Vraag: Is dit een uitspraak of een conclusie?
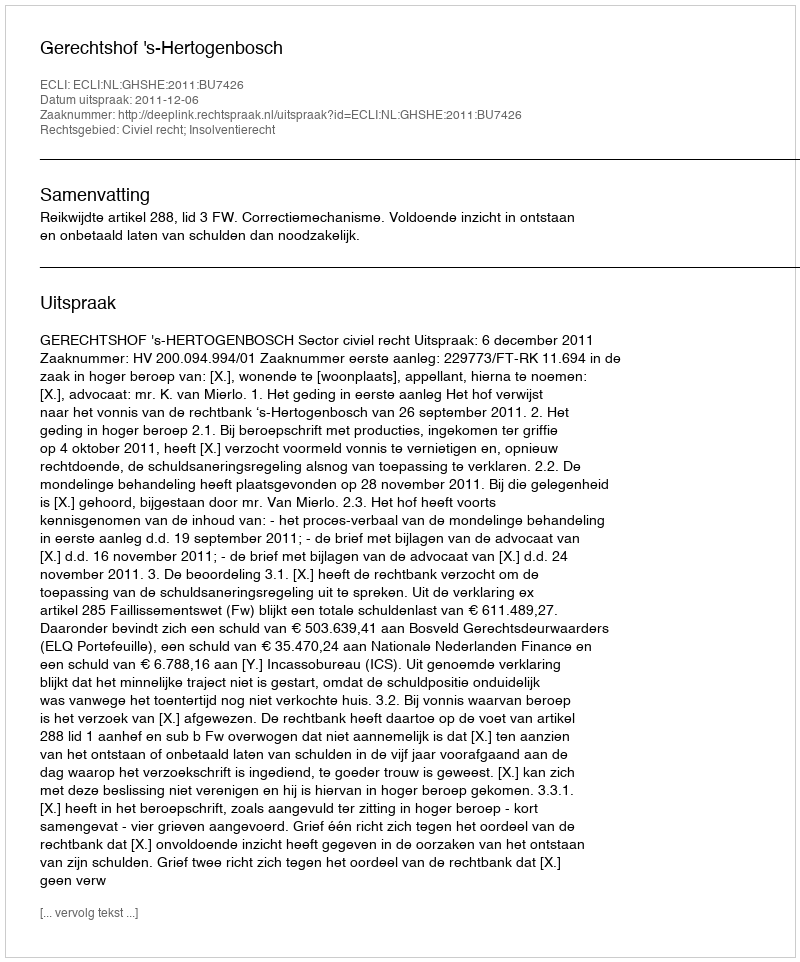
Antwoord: Uitspraak